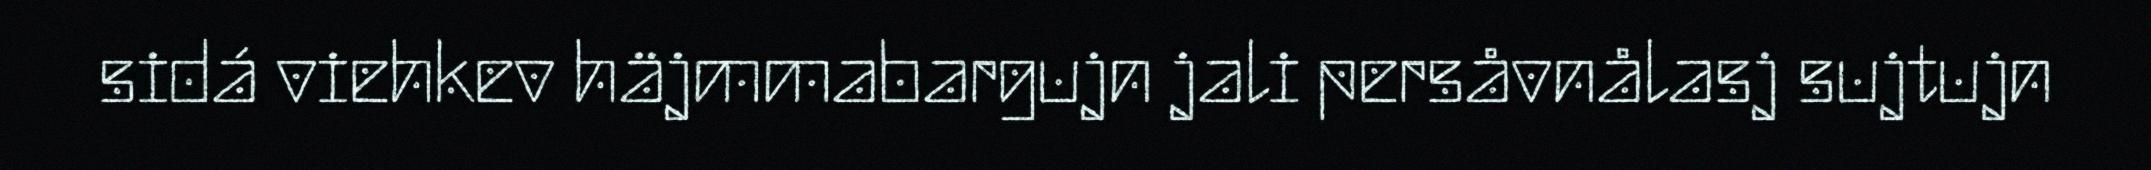
sidá viehkev häjmmabargujn jali persåvnålasj sujtujn